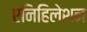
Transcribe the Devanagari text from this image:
एनिहिलेशन